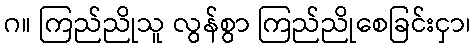
ဂ။ ကြည်ညိုသူ လွန်စွာ ကြည်ညိုစေခြင်းငှာ၊